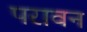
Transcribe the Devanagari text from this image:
परावन